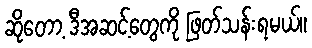
ဆိုတော့ ဒီအဆင့်တွေကို ဖြတ်သန်းရမယ်။